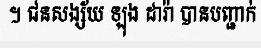
។ ជនសង្ស័យ ឡុង ដារ៉ា បានបញ្ជាក់